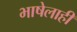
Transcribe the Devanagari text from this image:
भाषेलाही